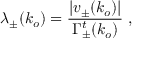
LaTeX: \lambda _ { \pm } ( k _ { o } ) = \frac { | v _ { \pm } ( k _ { o } ) | } { \Gamma _ { \pm } ^ { t } ( k _ { o } ) } ~ ,